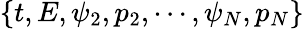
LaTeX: \{ t,E,\psi_{2},p_{2},\cdots,\psi_{N},p_{N}\}